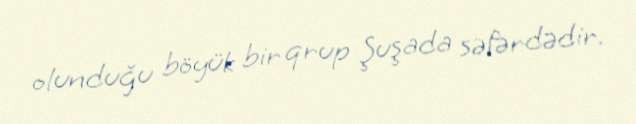
olunduğu böyük bir qrup Şuşada səfərdədir.